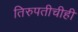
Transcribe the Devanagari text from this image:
तिरुपतीचीही